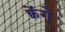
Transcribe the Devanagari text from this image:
क्वेंगे